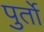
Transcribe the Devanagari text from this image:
पुर्तो